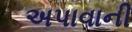
અપાવાની